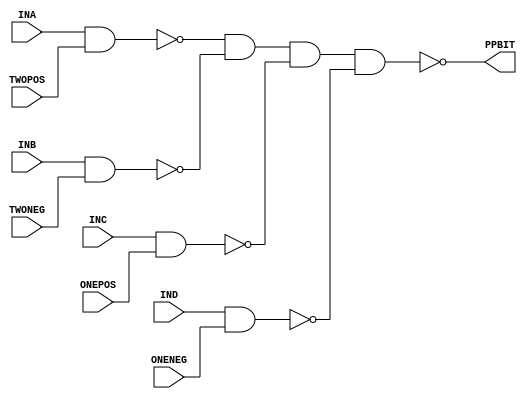
module PP_MIDDLE ( ONEPOS, ONENEG, TWOPOS, TWONEG, INA, INB, INC, IND, PPBIT );
input  ONEPOS;
input  ONENEG;
input  TWOPOS;
input  TWONEG;
input  INA;
input  INB;
input  INC;
input  IND;
output PPBIT;
   assign PPBIT =  ~ (( ~ (INA & TWOPOS)) & ( ~ (INB & TWONEG)) & ( ~ (INC & ONEPOS)) & ( ~ (IND & ONENEG)));
endmodule